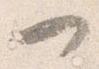
一